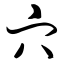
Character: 穴